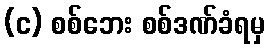
(င) စစ်ဘေး စစ်ဒဏ်ခံရမှ